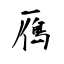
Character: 鴈